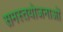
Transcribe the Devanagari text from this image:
समस्तयोजनाओं